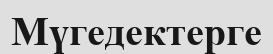
Мүгедектерге